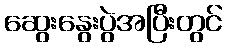
ဆွေးနွေးပွဲအပြီးတွင်